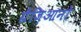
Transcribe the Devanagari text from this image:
ग्रैज़िआनो